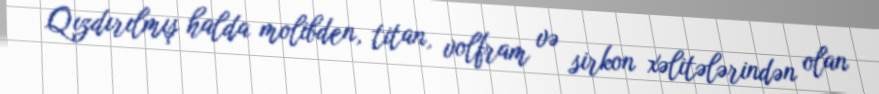
Qızdırılmış halda molibden, titan, volfram və sirkon xəlitələrindən olan